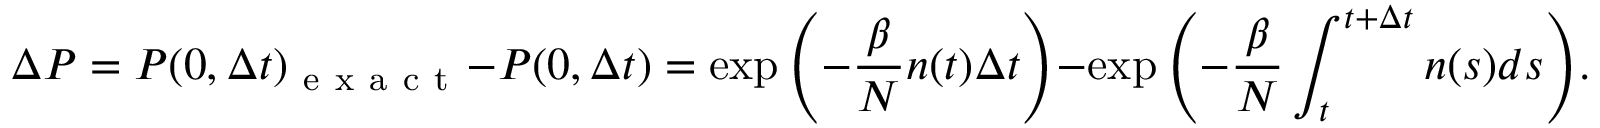
\Delta P = P ( 0 , \Delta t ) _ { \mathrm { ~ e ~ x ~ a ~ c ~ t ~ } } - P ( 0 , \Delta t ) = \exp { \left( - \frac { \beta } { N } n ( t ) \Delta t \right) } - \exp { \left( - \frac { \beta } { N } \int _ { t } ^ { t + \Delta t } n ( s ) d s \right) } .